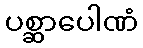
ပစ္ဆာပေါဏံ